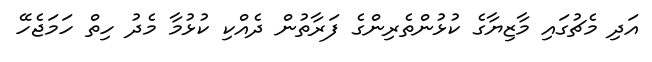
އަދި މެޗުގައި މާޒިޔާގެ ކުޅުންތެރިންގެ ފަރާތުން ދެއްކި ކުޅުމާ މެދު ހިތް ހަމަޖެހޭ